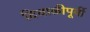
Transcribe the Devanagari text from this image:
दिवाळीपूर्वी